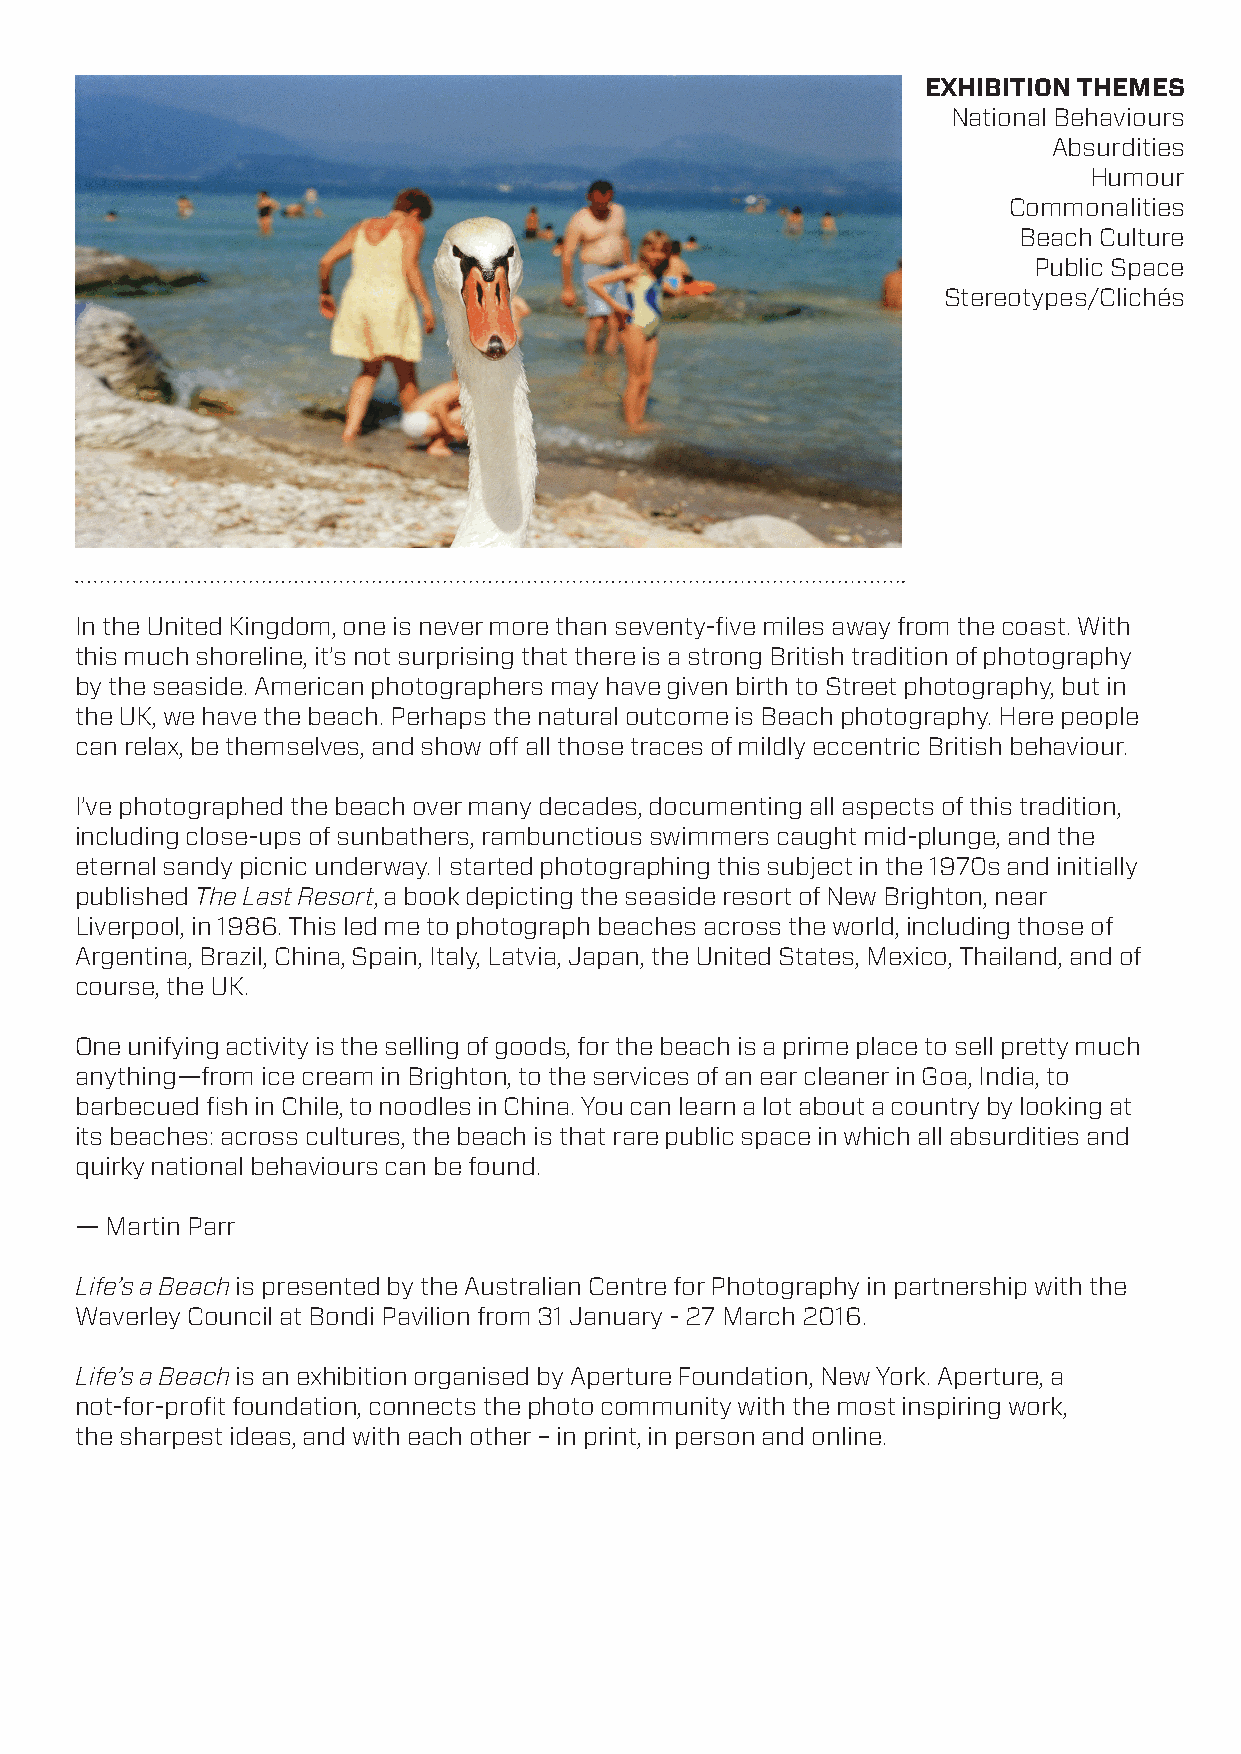
EXHIBITION THEMES
 National Behaviours
 Absurdities
 Humour
 Commonalities
 Beach Culture
 Public Space
 Stereotypes/Clichés
 In the United Kingdom, one is never more than seventy-five miles away from the coast. With
 this much shoreline, it’s not surprising that there is a strong British tradition of photography
 by the seaside. American photographers may have given birth to Street photography, but in
 the UK, we have the beach. Perhaps the natural outcome is Beach photography. Here people
 can relax, be themselves, and show off all those traces of mildly eccentric British behaviour.
 I’ve photographed the beach over many decades, documenting all aspects of this tradition,
 including close-ups of sunbathers, rambunctious swimmers caught mid-plunge, and the
 eternal sandy picnic underway. I started photographing this subject in the 1970s and initially
 published The Last Resort, a book depicting the seaside resort of New Brighton, near
 Liverpool, in 1986. This led me to photograph beaches across the world, including those of
 Argentina, Brazil, China, Spain, Italy, Latvia, Japan, the United States, Mexico, Thailand, and of
 course, the UK.
 One unifying activity is the selling of goods, for the beach is a prime place to sell pretty much
 anything—from ice cream in Brighton, to the services of an ear cleaner in Goa, India, to
 barbecued fish in Chile, to noodles in China. You can learn a lot about a country by looking at
 its beaches: across cultures, the beach is that rare public space in which all absurdities and
 quirky national behaviours can be found.
 — Martin Parr
 Life’s a Beach is presented by the Australian Centre for Photography in partnership with the
 Waverley Council at Bondi Pavilion from 31 January - 27 March 2016.
 Life’s a Beach is an exhibition organised by Aperture Foundation, New York. Aperture, a
 not-for-profit foundation, connects the photo community with the most inspiring work,
 the sharpest ideas, and with each other – in print, in person and online.